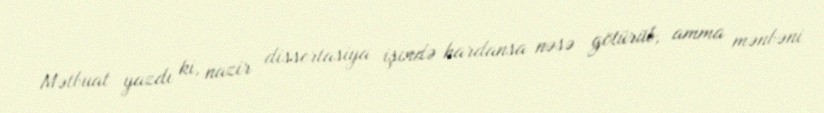
Mətbuat yazdı ki, nazir dissertasiya işində hardansa nəsə götürüb, amma mənbəni